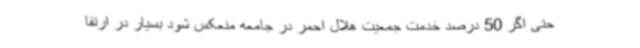
حتی اگر 50 درصد خدمت جمعیت هلال احمر در جامعه منعکس شود بسیار در ارتقا